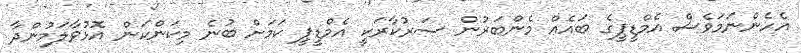
އެހެންނަމަވެސް އެމްޑީޕީގެ ބައެއް މެންބަރުން ސަރުކާރަކީ އެމްޑީޕީ ކަމަށް ބުނެ މިކަންކަން އޮޅުވާލަމުންދާ